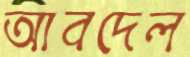
আবদেল